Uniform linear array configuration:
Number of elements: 16
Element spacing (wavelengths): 0.5
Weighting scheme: kaiser
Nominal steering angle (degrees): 30
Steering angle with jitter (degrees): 28.078
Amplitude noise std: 0.05
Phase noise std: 0.05

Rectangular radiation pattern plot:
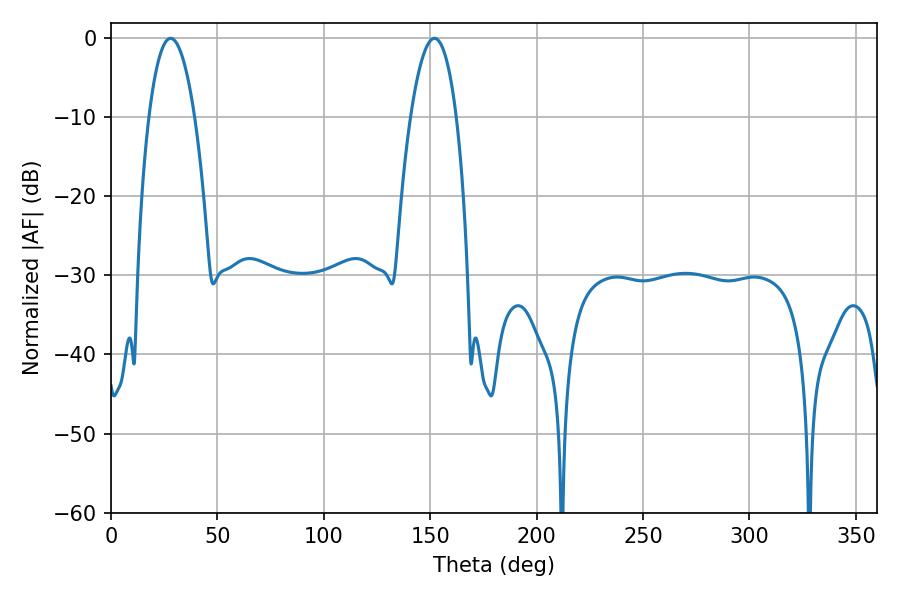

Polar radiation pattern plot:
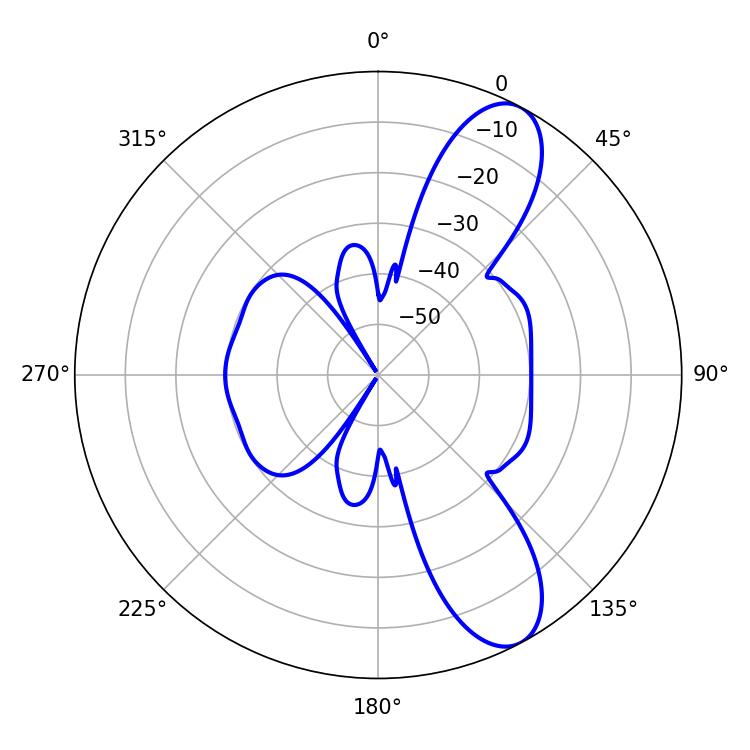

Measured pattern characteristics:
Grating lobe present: FALSE
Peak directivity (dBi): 9.778
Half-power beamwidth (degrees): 12.06
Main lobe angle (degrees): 28.08